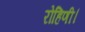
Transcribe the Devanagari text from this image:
रोहिणी।